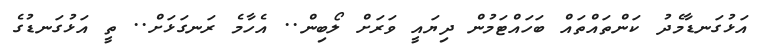
އަޅުގަނޑާމެދު ކަންތައްތައް ބަހައްޓަމުން ދިޔައީ ވަރަށް ލޯބިން.. އެހާމެ ރަނގަޅަށް.. ތީ އަޅުގަނޑުގެ